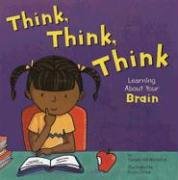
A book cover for Think, Think, Think: Learning About Your Brain (The Amazing Body); Pamela Hill Nettleton; Children's Books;